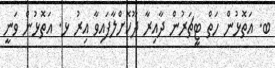
ބ. އަތޮޅުން ހަތް ޓީޗަރުން ދާއިރާ ދޫކޮށްލާފައިވާ އިރު ޅ. އަތޮޅުން ވަނީ